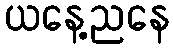
ယနေ့ညနေ